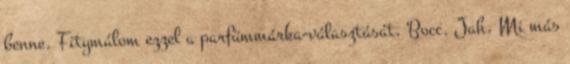
benne. Fitymálom ezzel a parfümmárka-választását. Bocc. Jah. Mi más